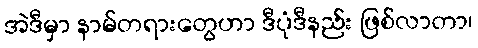
အဲဒီမှာ နာမ်တရားတွေဟာ ဒီပုံဒီနည်း ဖြစ်လာတာ၊